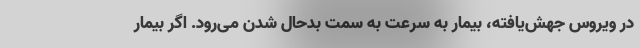
در ویروس جهش‌یافته، بیمار به سرعت به سمت بدحال شدن می‌رود. اگر بیمار